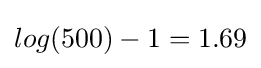
log(500)-1=1.69